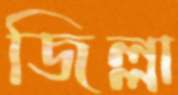
জিল্লা